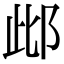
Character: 𨚖